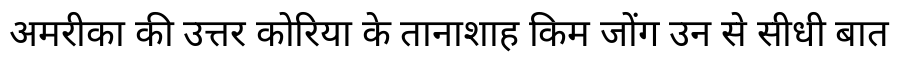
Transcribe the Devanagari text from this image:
अमरीका की उत्तर कोरिया के तानाशाह किम जोंग उन से सीधी बात